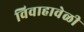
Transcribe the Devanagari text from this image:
विवाहावेळी